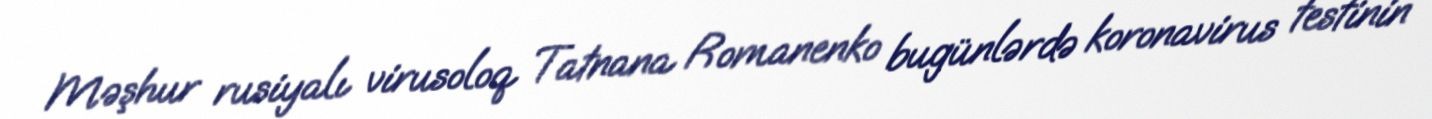
Məşhur rusiyalı virusoloq Tatnana Romanenko bugünlərdə koronavirus testinin